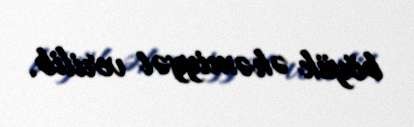
böyük əhəmiyyət verilib.